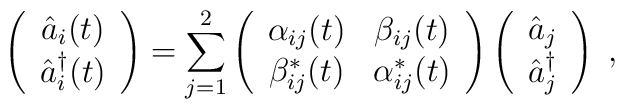
\left(\begin{array}{c}\hat{a}_i(t)\\\hat{a}_i^\dag(t)\end{array}\right)=\sum_{j=1}^2\left( \begin{array}{cc}\alpha_{ij}(t)&\beta_{ij}(t)\\\beta_{ij}^\ast(t)&\alpha_{ij}^\ast(t)\end{array}\right)\left(\begin{array}{c}\hat{a}_j\\\hat{a}_j^\dag\end{array}\right)\;,